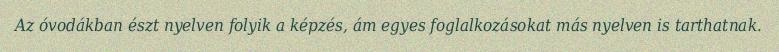
Az óvodákban észt nyelven folyik a képzés, ám egyes foglalkozásokat más nyelven is tarthatnak.